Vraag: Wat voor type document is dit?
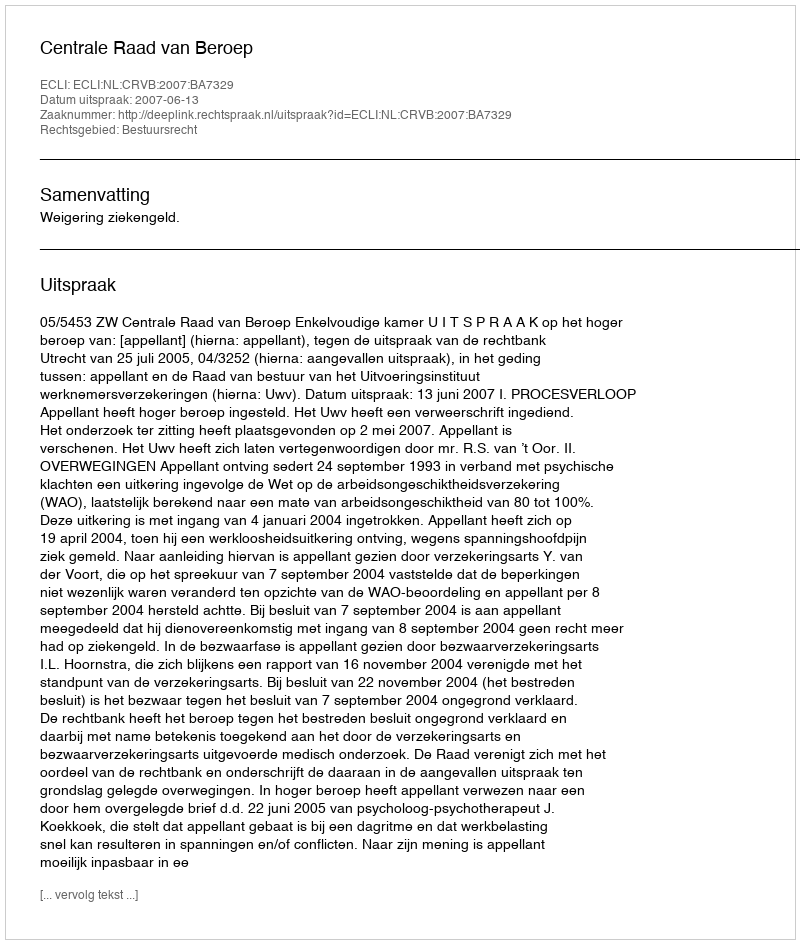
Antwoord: Uitspraak